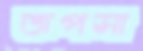
জপসা